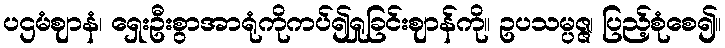
ပဌမံဈာနံ၊ ရှေးဦးစွာအာရုံကိုကပ်၍ရှုခြင်းဈာန်ကို။ ဥပသမ္ပဇ္ဇ၊ ပြည့်စုံစေ၍။